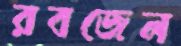
রবজেল